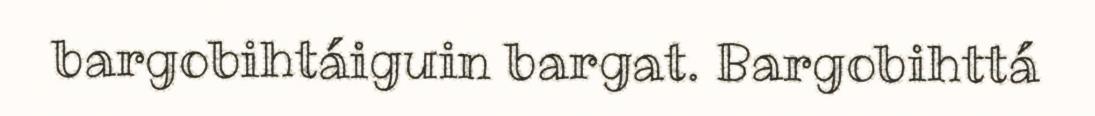
bargobihtáiguin bargat. Bargobihttá